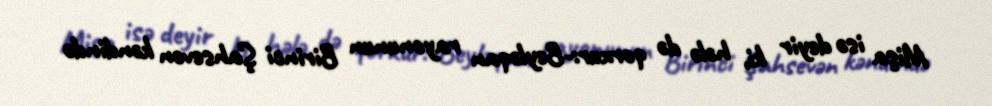
Mişa isə deyir ki, hələ də qorxur:-Beyləqan rayonunun Birinci Şahsevən kəndində